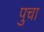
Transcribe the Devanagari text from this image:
पुचा